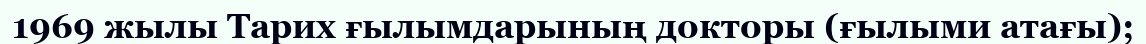
1969 жылы Тарих ғылымдарының докторы (ғылыми атағы);